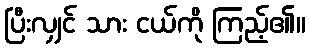
ပြီးလျှင် သား ငယ်ကို ကြည့်၏။